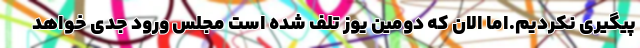
پیگیری نکردیم.اما الان که دومین یوز تلف شده است مجلس ورود جدی خواهد